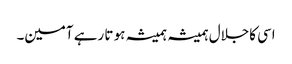
اسی کاجلال ہمیشہ ہمیشہ ہو تا رہے آمین۔